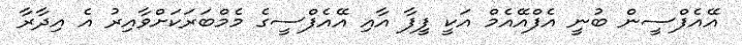
އޭއެފްސީން ބުނީ އެފްއޭއެމް އަކީ ފީފާ އާއި އޭއެފްސީގެ މެމްބަރަކަށްވާއިރު އެ އިދާރާ